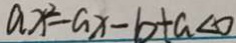
a x ^ { 2 } - a x - b + a < 0